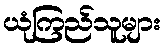
ယုံကြည်သူများ